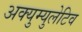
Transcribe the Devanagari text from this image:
अक्युम्युलेटिव